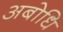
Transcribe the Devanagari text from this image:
अबोधि